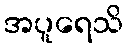
အပူရေသိ